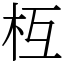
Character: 枑